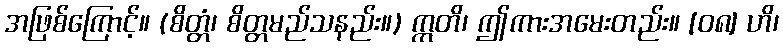
အဖြစ်ကြောင့်။ (စိတ္တံ၊ စိတ္တမည်သနည်း။) ဣတိ၊ ဤကားအမေးတည်း။ [၀၈] ဟိ၊